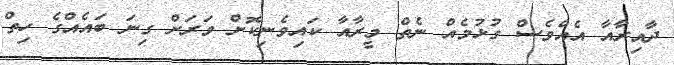
ދާއިރާއާ އެއްވެސް ގުޅުމެއް ނެތް މީރާއާ ކައިވެނިކޮށް ވަރަށް ގިނަ ބައެއްގެ ހިތް